Lunatic asylums Madras 1892-1911 - 1892-1911
Year: 1892
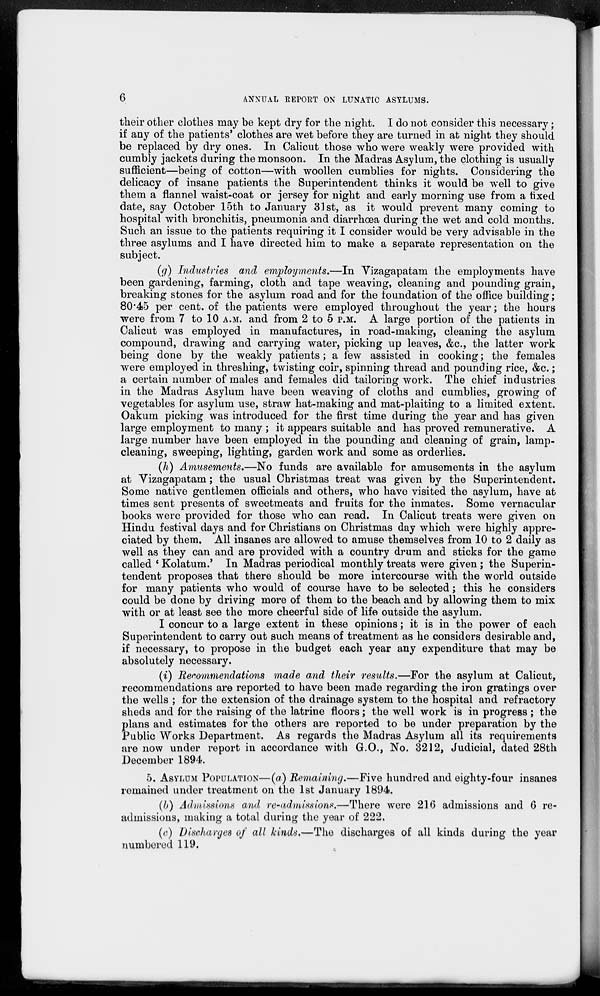
6
ANNUAL REPORT ON LUNATIC ASYLUMS.
their other clothes may be kept dry for the night. I do not consider this necessary;
if any of the patients' clothes are wet before they are turned in at night they should
be replaced by dry ones. In Calicut those who were weakly were provided with
cumbly jackets during the monsoon. In the Madras Asylum, the clothing is usually
sufficient—being of cotton—with woollen cumblies for nights. Considering the
delicacy of insane patients the Superintendent thinks it would be well to give
them a flannel waist-coat or jersey for night and early morning use from a fixed
date, say October 15th to January 31st, as it would prevent many coming to
hospital with bronchitis, pneumonia and diarrhœa during the wet and cold months.
Such an issue to the patients requiring it I consider would be very advisable in the
three asylums and I have directed him to make a separate representation on the
subject.
(g) Industries and employments.—In Vizagapatam the employments have
been gardening, farming, cloth and tape weaving, cleaning and pounding grain,
breaking stones for the asylum road and for the foundation of the office building;
80.45 per cent. of the patients were employed throughout the year; the hours
were from 7 to 10 A.M. and from 2 to 5 P.M. A large portion of the patients in
Calicut was employed in manufactures, in road-making, cleaning the asylum
compound, drawing and carrying water, picking up leaves, &c, the latter work
being done by the weakly patients; a few assisted in cooking; the females
were employed in threshing, twisting coir, spinning thread and pounding rice, &c.;
a certain number of males and females did tailoring work. The chief industries
in the Madras Asylum have been weaving of cloths and cumblies, growing of
vegetables for asylum use, straw hat-making and mat-plaiting to a limited extent.
Oakum picking was introduced for the first time during the year and has given
large employment to many ; it appears suitable and has proved remunerative. A
large number have been employed in the pounding and cleaning of grain, lamp-
cleaning, sweeping, lighting, garden work and some as orderlies.
(h) Amusements.—No funds are available for amusements in the asylum
at Vizagapatam; the usual Christmas treat was given by the Superintendent.
Some native gentlemen officials and others, who have visited the asylum, have at
times sent presents of sweetmeats and fruits for the inmates. Some vernacular
books were provided for those who can read. In Calicut treats were given on
Hindu festival days and for Christians on Christmas day which were highly appre-
ciated by them. All insanes are allowed to amuse themselves from 10 to 2 daily as
well as they can and are provided with a country drum and sticks for the game
called 'Kolatum.' In Madras periodical monthly treats were given ; the Superin-
tendent proposes that there should be more intercourse with the world outside
for many patients who would of course have to be selected; this he considers
could be done by driving more of them to the beach and by allowing them to mix
with or at least see the more cheerful side of life outside the asylum.
I concur to a large extent in these opinions; it is in the power of each
Superintendent to carry out such means of treatment as he considers desirable and,
if necessary, to propose in the budget each year any expenditure that may be
absolutely necessary.
(i) Recommendations made and their results.—For the asylum at Calicut,
recommendations are reported to have been made regarding the iron gratings over
the wells ; for the extension of the drainage system to the hospital and refractory
sheds and for the raising of the latrine floors; the well work is in progress ; the
plans and estimates for the others are reported to be under preparation by the
Public Works Department. As regards the Madras Asylum all its requirements
are now under report in accordance with G.O., No. 3212, Judicial, dated 28th
December 1894.
5. ASYLUM POPULATION—(a) Remaining.—Five hundred and eighty-four insanes
remained under treatment on the 1st January 1894.
(b) Admissions and re-admissions.—There were 216 admissions and 6 re-
admissions, making a total during the year of 222.
(c) Discharges of all kinds.—The discharges of all kinds during the year
numbered 119.